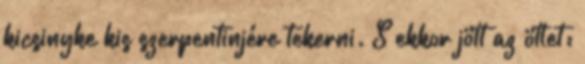
kicsinyke kis szerpentinjére tekerni. S ekkor jött az ötlet: